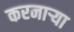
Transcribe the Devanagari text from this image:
करनार्‍या